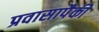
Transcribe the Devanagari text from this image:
प्रवासापैकी